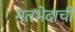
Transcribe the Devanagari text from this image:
मतभेदाची